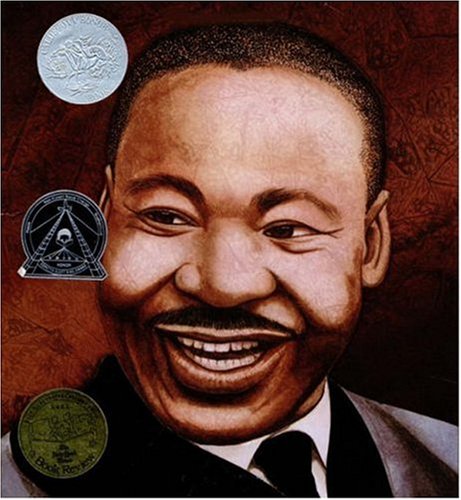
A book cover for Martin's Big Words: The Life of Dr. Martin Luther King, Jr.; Doreen Rappaport; Teen & Young Adult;